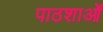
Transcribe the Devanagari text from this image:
पाठशाओं